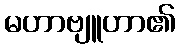
မဟာဗျူဟာ၏